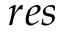
r e s